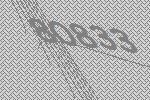
80833